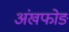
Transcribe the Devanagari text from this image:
अंखफोङ